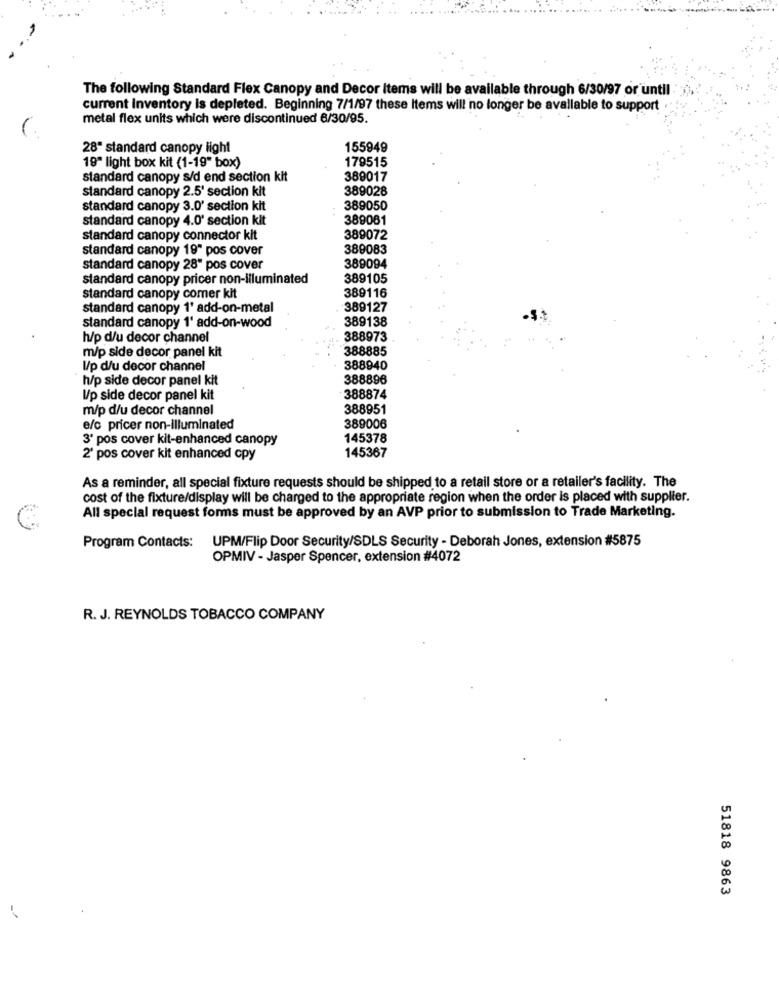
The following Standard Flex Canopy and Decor Items will be available through 6/30/97 or until
current Inventory is depleted. Beginning 7/1/97 these Items will no longer be available to support .
metal flex units which were discontinued 6/30/95.
28" standard canopy light
155949
179515
19" light box kit (1-19" box)
standard canopy s/d end section kit
389017
standard canopy 2.5' section kit
389028
standard canopy 3.0' section kit
389050
standard canopy 4.0' section kit
389061
standard canopy connector kit
389072
standard canopy 19" pos cover
389083
standard canopy 28" pos cover
389094
standard canopy pricer non-illuminated
389105
standard canopy comer kit
389116
standard canopy 1' add-on-metal
389127
389138
standard canopy 1' add-on-wood
h/p d/u decor channel
388973
m/p side decor panel kit
388885
I/p d/u decor channel
388940
h/p side decor panel kit
388896
Up side decor panel kit
388874
m/p d/u decor channel
388951
e/c pricer non-illuminated
389006
3' pos cover kit-enhanced canopy
145378
145367
2' pos cover kit enhanced cpy
As a reminder, all special fixture requests should be shipped to a retail store or a retailer's facility. The
cost of the fixture/display will be charged to the appropriate region when the order is placed with supplier.
All special request forms must be approved by an AVP prior to submission to Trade Marketing.
UPM/Flip Door Security/SDLS Security - Deborah Jones, extension #5875
Program Contacts:
OPMIV - Jasper Spencer, extension #4072
R. J. REYNOLDS TOBACCO COMPANY
51818 9863